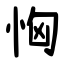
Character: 恟